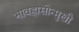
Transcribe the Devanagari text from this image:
भावह्रासोन्मुखी